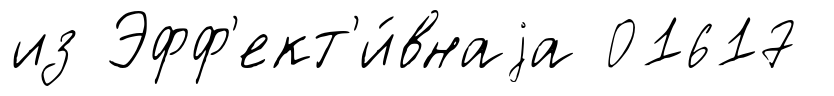
из Эфф'ект'и́внаjа 01617